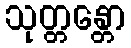
သုတ္တန္တော